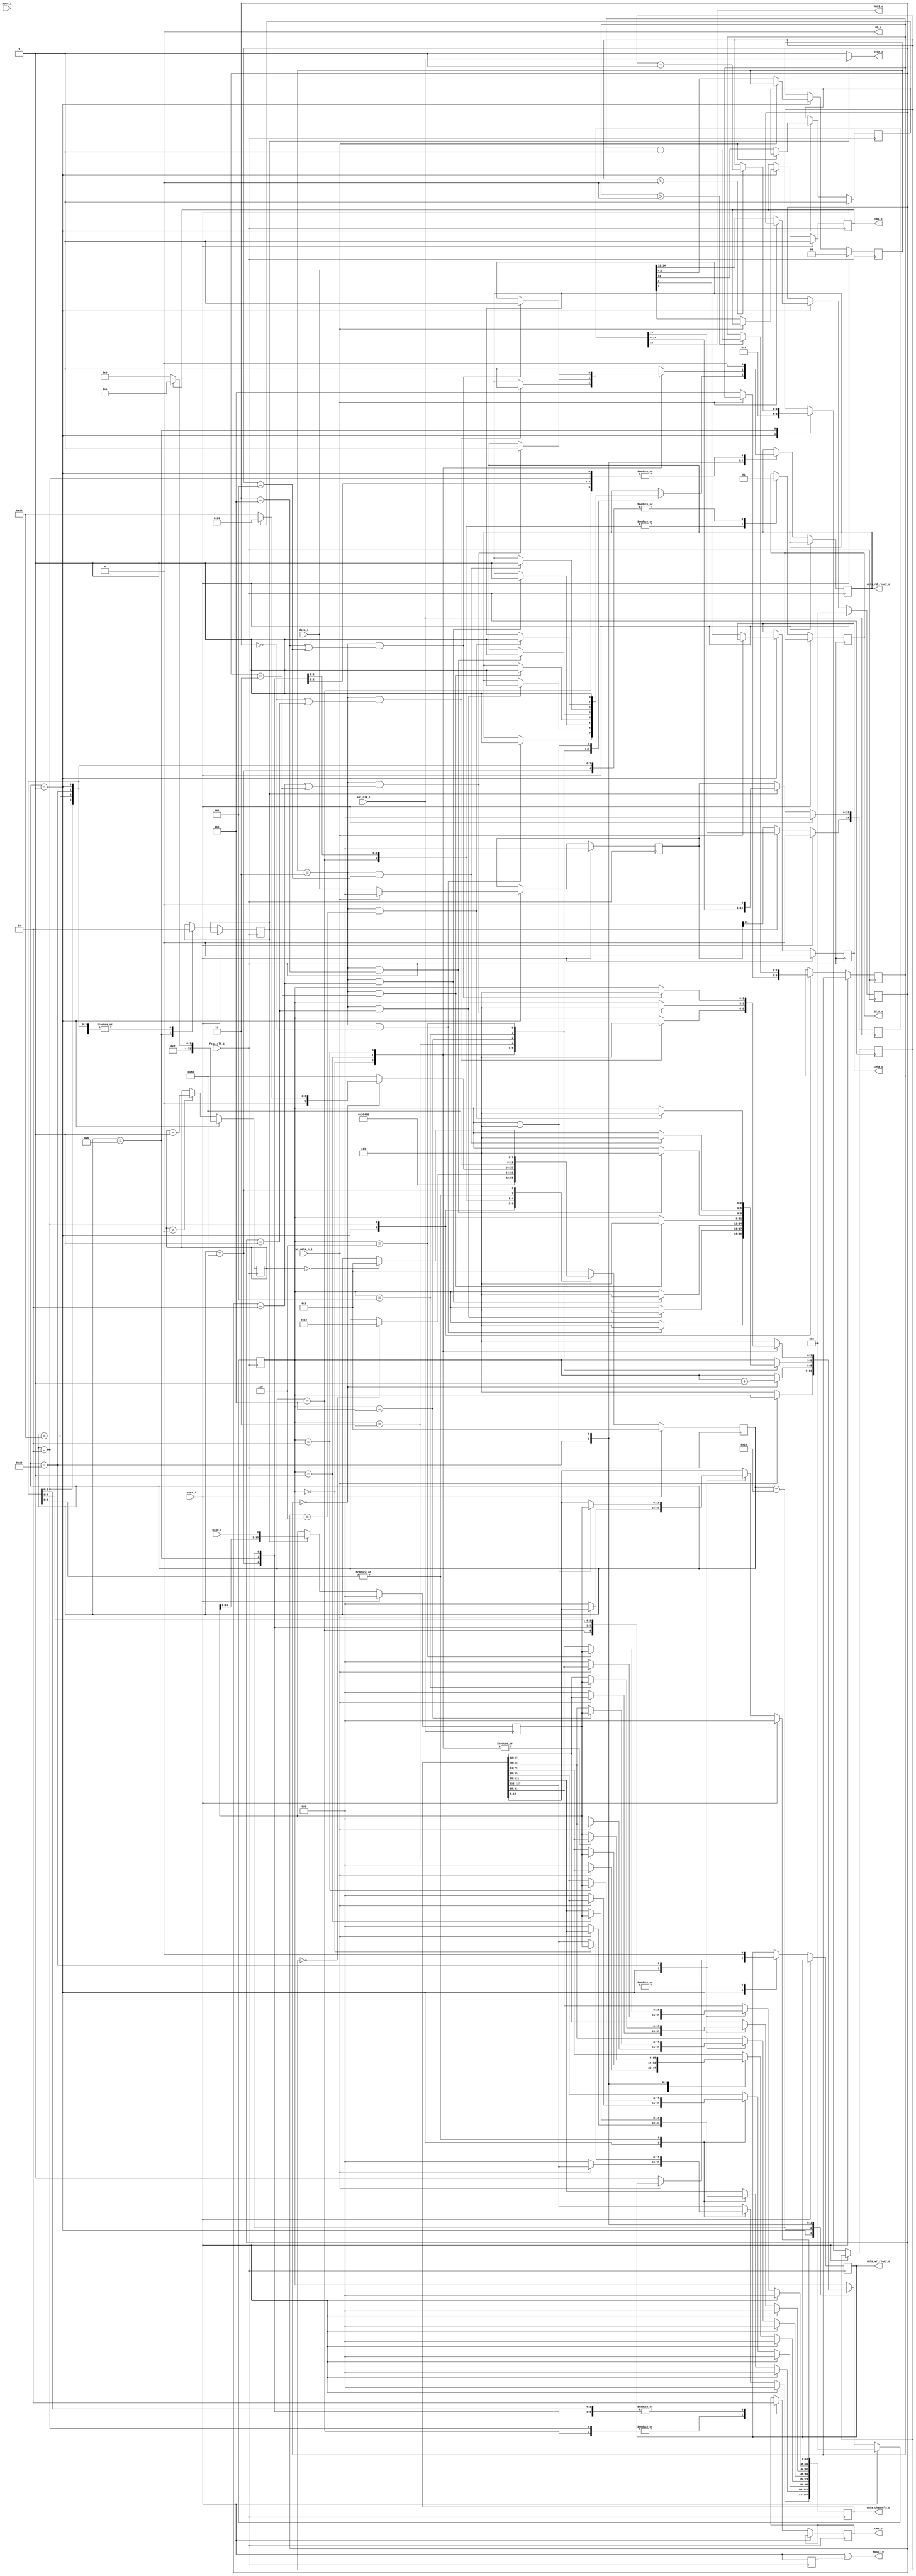
// -----------------------------------------------------------------------------
//
// Copyright 2011(c) Analog Devices, Inc.
//
// All rights reserved.
//
// Redistribution and use in source and binary forms, with or without modification,
// are permitted provided that the following conditions are met:
//  - Redistributions of source code must retain the above copyright
//    notice, this list of conditions and the following disclaimer.
//  - Redistributions in binary form must reproduce the above copyright
//    notice, this list of conditions and the following disclaimer in
//    the documentation and/or other materials provided with the
//    distribution.
//  - Neither the name of Analog Devices, Inc. nor the names of its
//    contributors may be used to endorse or promote products derived
//    from this software without specific prior written permission.
//  - The use of this software may or may not infringe the patent rights
//    of one or more patent holders.  This license does not release you
//    from the requirement that you obtain separate licenses from these
//    patent holders to use this software.
//  - Use of the software either in source or binary form, must be run
//    on or directly connected to an Analog Devices Inc. component.
//
// THIS SOFTWARE IS PROVIDED BY ANALOG DEVICES "AS IS" AND ANY EXPRESS OR IMPLIED
// WARRANTIES, INCLUDING, BUT NOT LIMITED TO, NON-INFRINGEMENT, MERCHANTABILITY
// AND FITNESS FOR A PARTICULAR PURPOSE ARE DISCLAIMED.
// IN NO EVENT SHALL ANALOG DEVICES BE LIABLE FOR ANY DIRECT, INDIRECT, INCIDENTAL,
// SPECIAL, EXEMPLARY, OR CONSEQUENTIAL DAMAGES (INCLUDING, BUT NOT LIMITED TO,
// INTELLECTUAL PROPERTY RIGHTS, PROCUREMENT OF SUBSTITUTE GOODS OR SERVICES;
// LOSS OF USE, DATA, OR PROFITS; OR BUSINESS INTERRUPTION) HOWEVER CAUSED AND
// ON ANY THEORY OF LIABILITY, WHETHER IN CONTRACT, STRICT LIABILITY, OR TORT
// (INCLUDING NEGLIGENCE OR OTHERWISE) ARISING IN ANY WAY OUT OF THE USE OF THIS
// SOFTWARE, EVEN IF ADVISED OF THE POSSIBILITY OF SUCH DAMAGE.
//
// -----------------------------------------------------------------------------
// MODULE NAME :    ADAS3022
// AUTHORS EMAIL : Adrian.Costina@analog.com
// -----------------------------------------------------------------------------
// SVN REVISION: $WCREV$
// -----------------------------------------------------------------------------
// KEYWORDS : ADAS3022, EvalBoard
// -----------------------------------------------------------------------------
// PURPOSE : Module used to retrieve data from the ADAS3022
// -----------------------------------------------------------------------------
// REUSE ISSUES
// Reset Strategy      : reset on '1'
// Clock Domains       : fpga_clk_i 50MHz generated from the master clock of
//                       100MHz by a PLL
// Critical Timing     :
// Test Features       :
// Asynchronous I/F    :
// Instantiations      :
// Synthesizable (y/n) : Y
// Target Device       : Cyclone II EP2C5F256C7N from ADAS3022 EvalBoard
// Other               :
// -----------------------------------------------------------------------------

`timescale 1 ns/ 100 ps

//------------------------------------------------------------------------------
//----------- Module Declaration -----------------------------------------------
//------------------------------------------------------------------------------
module ADAS3022 (
//----------- Ports Declarations -----------------------------------------------
// Clock and reset signals
        input               fpga_clk_i,         // System clock
        input               adc_clk_i,          // Clock to be applied to ADC to drive the conversions
        input               reset_i,            // Active high reset signal

// IP control and data interface
        input               wr_data_n_i,        // Active low signal to initiate a data write to the ADC
        input      [15:0]   data_i,             // Data to be written to the ADC

        output reg [127:0]  data_channels_o,    // Data read from the ADC
        output reg          data_rd_ready_o,    // When set to high the data read from the ADC is available on the data bus
        output reg          data_wr_ready_o,    // Used to signal the status of an ADC write: 0 - write in progress, 1 - write complete
// Display signals
        output reg          cms_o,              // Signal used to display the configuration of the CMS bit
        output reg          cpha_o,             // Signal used to display the configuration of the CPHA bit
// External ADC connections
        input               MISO_i,             // Master Input Slave Output
        input               BUSY_i,             // BUSY Signal from ADI IC

        output              MOSI_o,             // Master Output Slave Input
        output              SCLK_o,             // Serial Data Clock
        output reg          SS_n_o,             // Slave Select pin
        output reg          CNV_o,              // Pin to control the Start of a new Conversion
        output              RESET_o,            // Active High
        output              PD_o                // Active high
);

//------------------------------------------------------------------------------
//----------- Local Parameters -------------------------------------------------
//------------------------------------------------------------------------------
// State Machine - State Names (parameters)
parameter IDLE              = 8'b00000001;  // state in which a write can be performed to ADAS3022
parameter START_CNV         = 8'b00000010;  // start the conversion process
parameter START_CS          = 8'b00000100;  // pull down CS
parameter READ_DATA         = 8'b00001000;  // perform read data, before busy is activated
parameter SELECT_CHANNEL    = 8'b00010000;  // depending on the configuration, selects the next state
parameter SYNCHRONIZE_COM   = 8'b00100000;  // state in which samples are referenced to COM pin
parameter SYNCHRONIZE_DIFF  = 8'b01000000;  // state in which samples are differential
parameter WAIT_CYCLE_END    = 8'b10000000;  // waits for the conversion time to pass

parameter real      FPGA_CLK                = 40; // MHz
parameter real      ADC_CYCLE_TIME_WARP     = 1;  // cycle time for warp speed / 500KSPS
parameter real      ADC_CYCLE_TIME_NORMAL   = 1.1;  // cycle time for normal speed / 500 KSPS

parameter [31:0]    CYCLE_CNT_WARP          = FPGA_CLK * ADC_CYCLE_TIME_WARP - 2;
parameter [31:0]    CYCLE_CNT_NORMAL        = FPGA_CLK * ADC_CYCLE_TIME_NORMAL - 2;

//------------------------------------------------------------------------------
//----------- Registers Declarations -------------------------------------------
//------------------------------------------------------------------------------
// State Machine Registers
reg [7:0]   present_state;  // Current State of the State Machine
reg [7:0]   next_state;     // Next State of the State Machine
reg         SCLK_en;        // Used to generate SCLK signal
reg [15:0]  tx_reg;         // Transmitted data
reg [16:0]  tx_reg_d;
reg [15:0]  rx_reg;
reg [31:0]  cycle_cnt;
reg [ 4:0]  sclk_cnt;
reg         reset_d1;
reg         com;
reg [1:0]   seq;
reg [2:0]   inx;
reg [2:0]   channel;
reg [2:0]   sync;

//------------------------------------------------------------------------------
//----------- Assign/Always Blocks ---------------------------------------------
//------------------------------------------------------------------------------
assign SCLK_o           = SCLK_en ? adc_clk_i : 1'b1;       // clock is iddle HIGH
assign MOSI_o           = tx_reg_d[16];
assign RESET_o          = reset_i | reset_d1;
assign PD_o             = 1'b0;                             // PD is constantly LOW, not used

always @(negedge adc_clk_i)                                 // Process for receiving data from ADAS3022
begin
    if (reset_i == 1'b1)
    begin
        rx_reg      <= 16'h0;
    end
    else if(SCLK_en == 1'b1)
    begin
        rx_reg      <= { rx_reg[14:0], MISO_i };
    end
end

always @(negedge adc_clk_i)                                 // Process for transmitting data to ADAS3022
begin
    if (reset_i == 1'b1)
    begin
        tx_reg_d    <= 16'h0;
    end
    else if(SCLK_en == 1'b1)
    begin
        tx_reg_d    <= { tx_reg_d[15:0], 1'b0 };
    end
    else
    begin
        tx_reg_d    <= tx_reg;
        tx_reg_d[16]<= tx_reg[15];
    end
end

always @(posedge fpga_clk_i)                // Process for timing the conversion time. In the current silicon, maximum sample frequency is 500KHz
begin
    if (present_state == IDLE)
    begin
        if (cms_o == 1'b1)
        begin
            cycle_cnt   <= CYCLE_CNT_NORMAL; // For default mode the acquisition time is 1.1 us
        end
        else
        begin
            cycle_cnt   <=  CYCLE_CNT_WARP;  // WARP mode, acquisition time is 1 us.
        end
    end
    else if (cycle_cnt > 0)
    begin
        cycle_cnt   <= cycle_cnt - 32'h1;
    end
end

// State Machine - Select State
always @( present_state, sclk_cnt, cycle_cnt, sync, com )
begin
    next_state <= present_state;

    case(present_state)
        IDLE:
        begin
            next_state      <= START_CNV;
        end
        START_CNV:
        begin
            next_state      <= START_CS;
        end
        START_CS:
        begin
            next_state      <= READ_DATA;
        end
        READ_DATA:
        begin
            if(sclk_cnt == 5'b0)
            begin
                next_state  <= SELECT_CHANNEL;
            end
        end
        SELECT_CHANNEL:
        begin
            if (sync == 3'h0)       // only acquire data after the two SOC EOC pass from the last command word written
            begin
                if(com == 1'b1)     // selects between single ended and differential acquisition
                begin
                    next_state  <= SYNCHRONIZE_COM;
                end
                else
                begin
                    next_state  <= SYNCHRONIZE_DIFF;
                end
            end
            else
            begin
                next_state  <= WAIT_CYCLE_END;
            end
        end
        SYNCHRONIZE_COM:            // adds new data to the channel
        begin
            next_state  <= WAIT_CYCLE_END;
        end
        SYNCHRONIZE_DIFF:           // adds new data to the channel
        begin
            next_state  <= WAIT_CYCLE_END;
        end
        WAIT_CYCLE_END:             // wait for cycle time to pass
        begin
            if (cycle_cnt == 32'b0)
            begin
                next_state  <= IDLE;
            end
        end
        default:
        begin
            next_state      <= IDLE;
        end
    endcase
end

// State Machine - Select Output
always @(posedge fpga_clk_i)
begin
    reset_d1        <= reset_i;

    if(reset_i == 1'b1)
    begin
        present_state               <= IDLE;
        tx_reg                      <= 16'h0000;
        data_channels_o [ 127:0]    <= 128'h0;
        channel                     <= 3'h0;
        inx                         <= 3'h0;
        com                         <= 1'b1;
        seq                         <= 2'h0;
        cpha_o                      <= 1'h0;
        cms_o                       <= 1'h1;
    end
    else
    begin
        present_state           <= next_state;
        case(present_state)
            IDLE:
            begin
                if (wr_data_n_i == 0)   // if a write has been performed from  CED1Z to ADCCFG register, update the configuration register on ADAS3022
                begin
                    tx_reg                      <= data_i;
                    data_wr_ready_o             <= 1'b1;
                    sync                        <= 3'h4;
                    channel                     <= 3'h7;
                    inx                         <= data_i[14:12];
                    cpha_o                      <= data_i[0];
                    cms_o                       <= data_i[1];
                    com                         <= data_i[11];
                    seq                         <= data_i[5:4];
                    data_channels_o [ 127:0]    <= 128'h0;
                end
                else
                begin                   // if no write has been performed, keep DIN low
                    tx_reg      <= 16'h0;
                end
                SCLK_en         <= 1'b0;
                CNV_o           <= 1'b0;
                SS_n_o          <= 1'b1;
                data_rd_ready_o <= 1'b0;
                sclk_cnt        <= 5'h0f;
            end
            START_CNV:                  // start the conversion process. if sync > 0 decrement, for synchronization of the channels
            begin
                if (sync > 0)
                begin
                    sync        <= sync - 3'h1;
                end
                data_wr_ready_o <= 1'b0;
                SCLK_en         <= 1'b0;
                CNV_o           <= 1'b1;
                SS_n_o          <= 1'b1;
                data_rd_ready_o <= 1'b0;
            end
            START_CS:
            begin
                data_wr_ready_o <= 1'b0;
                SCLK_en         <= 1'b0;
                CNV_o           <= 1'b1;
                SS_n_o          <= 1'b0;
                data_rd_ready_o <= 1'b0;
            end
            READ_DATA:
            begin
                data_wr_ready_o <= 1'b0;
                SCLK_en         <= 1'b1;
                CNV_o           <= 1'b0;
                SS_n_o          <= 1'b0;
                data_rd_ready_o <= 1'b0;
                if( sclk_cnt > 0 )
                begin
                    sclk_cnt    <= sclk_cnt - 5'h1;
                end
            end
            SELECT_CHANNEL:             // increase the channel number
            begin
                if ( sync == 0 )
                begin
                    channel     <= channel + 3'h1;
                end
                data_wr_ready_o <= 1'b0;
                SCLK_en         <= 1'b0;
                CNV_o           <= 1'b0;
                SS_n_o          <= 1'b0;
            end
            SYNCHRONIZE_COM:
            begin
                case( channel )
                    3'h0:
                    begin
                        data_channels_o[127:112] <= rx_reg;
                        if (seq == 2'h3 && inx == 3'h0)
                        begin
                            data_rd_ready_o <= 1'b1;
                            channel         <= 3'h7;
                        end
                    end
                    3'h1:
                    begin
                        data_channels_o[111:96]  <= rx_reg;
                        if ( seq == 2'h3 && inx == 3'h1)
                        begin
                            data_rd_ready_o <= 1'b1;
                            channel         <= 3'h7;
                        end
                    end
                    3'h2:
                    begin
                        data_channels_o[95:80]  <= rx_reg;
                        if (seq == 2'h3 && inx == 3'h2)
                        begin
                            data_rd_ready_o <= 1'b1;
                            channel         <= 3'h7;
                        end
                    end
                    3'h3:
                    begin
                        data_channels_o[79:64]  <= rx_reg;
                        if (seq == 2'h3 && inx == 3'h3)
                        begin
                            data_rd_ready_o <= 1'b1;
                            channel         <= 3'h7;
                        end
                    end
                    3'h4:
                    begin
                        data_channels_o[63:48]  <= rx_reg;
                        if (seq == 2'h3 && inx == 3'h4)
                        begin
                            data_rd_ready_o <= 1'b1;
                            channel         <= 3'h7;
                        end
                    end
                    3'h5:
                    begin
                        data_channels_o[47:32]  <= rx_reg;
                        if (seq == 2'h3 && inx == 3'h5)
                        begin
                            data_rd_ready_o <= 1'b1;
                            channel         <= 3'h7;
                        end
                    end
                    3'h6:
                    begin
                        data_channels_o[31:16]  <= rx_reg;
                        if (seq == 2'h3 && inx == 3'h6)
                        begin
                            data_rd_ready_o <= 1'b1;
                            channel         <= 3'h7;
                        end
                    end
                    3'h7:
                    begin
                        data_channels_o[15:0]   <= rx_reg;
                        data_rd_ready_o         <= 1'b1;
                    end
                endcase
                data_wr_ready_o <= 1'b0;
                SCLK_en         <= 1'b0;
                CNV_o           <= 1'b0;
                SS_n_o          <= 1'b1;
            end
            SYNCHRONIZE_DIFF:
            begin
                case( channel )
                    3'h0:
                    begin
                        data_channels_o[127:112] <= rx_reg;
                        if (seq == 2'h3 && (inx == 3'h0 || inx == 3'h1))
                        begin
                            data_rd_ready_o <= 1'b1;
                            channel         <= 3'h7;
                        end
                    end
                    3'h1:
                    begin
                        data_channels_o[111:96]  <= rx_reg;
                        if ( seq == 2'h3 && (inx == 3'h2 || inx == 3'h3))
                        begin
                            data_rd_ready_o <= 1'b1;
                            channel         <= 3'h7;
                        end
                    end
                    3'h2:
                    begin
                        data_channels_o[95:80]  <= rx_reg;
                        if (seq == 2'h3 && (inx == 3'h4 || inx == 3'h5))
                        begin
                            data_rd_ready_o <= 1'b1;
                            channel         <= 3'h7;
                        end
                    end
                    default:
                    begin
                        data_channels_o[79:64]  <= rx_reg;
                        data_rd_ready_o         <= 1'b1;
                        channel                 <= 3'h7;
                    end
                endcase
                data_wr_ready_o <= 1'b0;
                SCLK_en         <= 1'b0;
                CNV_o           <= 1'b0;
                SS_n_o          <= 1'b1;
            end
            WAIT_CYCLE_END:
            begin
                data_wr_ready_o <= 1'b0;
                SCLK_en         <= 1'b0;
                CNV_o           <= 1'b0;
                SS_n_o          <= 1'b1;
                data_rd_ready_o <= 1'b0;
            end
        endcase
    end
end

endmodule